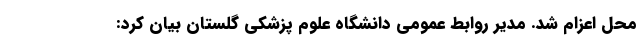
محل اعزام شد. مدیر روابط عمومی دانشگاه علوم پزشکی گلستان بیان کرد: